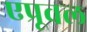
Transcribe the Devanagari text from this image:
एप्रूवल